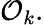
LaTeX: {\mathcal{O}}_{k}.